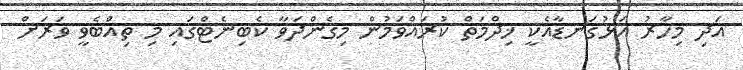
އަދި މިހާރު އަޅުގަނޑާއެކީ ޚިދްމަތް ކުރައްވަމުން މިގެންދަވާ ކެބިނެޓްގައި މި ތިއްބެވީ ވަރަށް